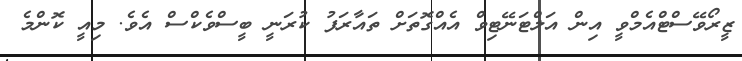
ޒީރޯވޭސްޓްއެމްވީ އިން އަލްޓަނޭޓިވް އެއްގޮތަށް ތައާރަފު ކުރަނީ ބީސްވެކްސް އެވެ. މިއީ ކޮންމެ